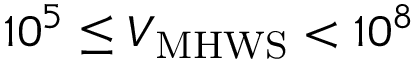
1 0 ^ { 5 } \le \ensuremath { V _ { \mathrm { M H W S } } } < 1 0 ^ { 8 }